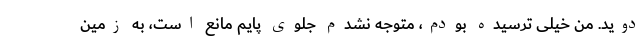
‌دوید. من خیلی ترسیده بودم، متوجه نشدم جلوی پایم مانع است، به زمین